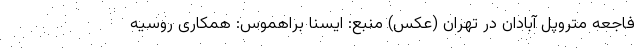
فاجعه متروپل آبادان در تهران (عکس) منبع: ایسنا براهموس: همکاری روسیه